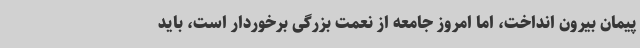
پیمان بیرون انداخت، اما امروز جامعه از نعمت بزرگی برخوردار است، باید